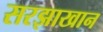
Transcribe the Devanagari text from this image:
सरझाखान